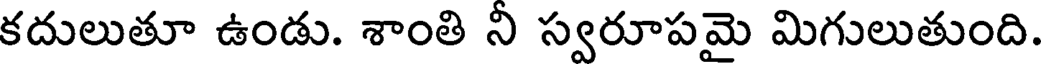
కదులుతూ ఉండు. శాంతి నీ స్వరూపమై మిగులుతుంది.